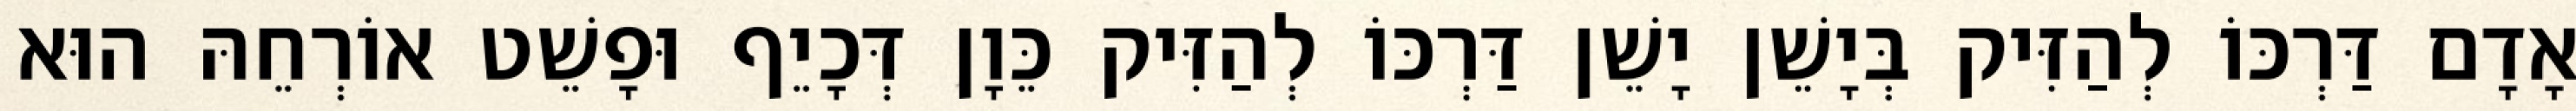
אָדָם דַּרְכּוֹ לְהַזִּיק בְּיָשֵׁן יָשֵׁן דַּרְכּוֹ לְהַזִּיק כֵּוָן דְּכָיֵף וּפָשֵׁט אוֹרְחֵהּ הוּא